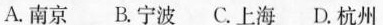
A.南京 B.宁波 C.上海 D.杭州